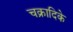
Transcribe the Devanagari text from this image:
चक्रादिके